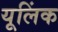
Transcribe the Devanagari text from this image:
यूलिंक